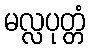
မလ္လပုတ္တံ